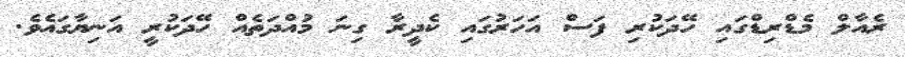
ރެއާލް މެޑްރިޑްގައި ހޭދަކުރި ފަސް އަހަރުގައި ކެދީރާ ގިނަ މުއްދަތެއް ހޭދަކުރީ އަނިޔާގައެވެ.